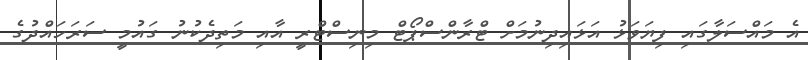
އެ މައްސަލާގައި ފިޔަވަޅު އަޅައިދިނުމަށް ޓްރާންސްޕޯޓް މިނިސްޓްރީ އާއި މަތިދެކުނު ގައުމީ ސަރަހައްދުގެ